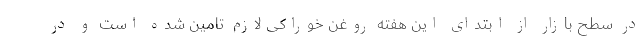
در سطح بازار از ابتدای این هفته روغن خوراکی لازم تامین شده است و در